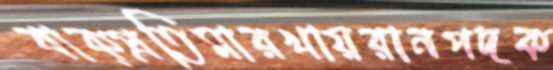
বাক্প্রতিমারখায়রানপদক